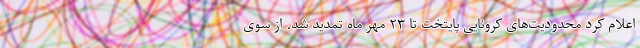
اعلام کرد محدودیت‌های کرونایی پایتخت تا ۲۳ مهر ماه تمدید شد. از سوی